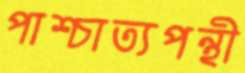
পাশ্চাত্যপন্থী